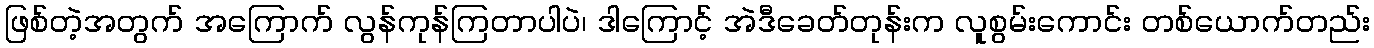
ဖြစ်တဲ့အတွက် အကြောက် လွန်ကုန်ကြတာပါပဲ၊ ဒါကြောင့် အဲဒီခေတ်တုန်းက လူစွမ်းကောင်း တစ်ယောက်တည်း